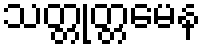
သတ္တုတ္တမေန